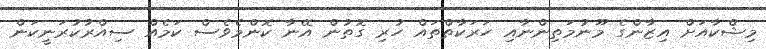
މިޝްކާއަށް އިޒާންގެ މޫނުމަތިންނާއި ހަރަކާތްތައް ހުރި ގޮތުން އޭނާ ކޮންމެވެސް ކަމެއް ސިއްރުކުރަނީކަން